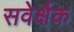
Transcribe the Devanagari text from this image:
सवेर्क्षक